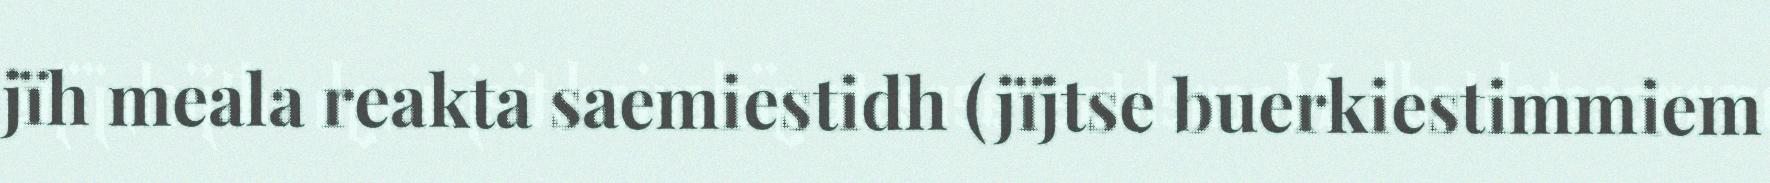
jïh meala reakta saemiestidh (jïjtse buerkiestimmiem